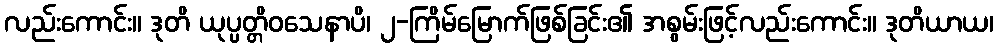
လည်းကောင်း။ ဒုတိ ယုပ္ပတ္တိဝသေနာပိ၊ ၂-ကြိမ်မြောက်ဖြစ်ခြင်း၏ အစွမ်းဖြင့်လည်းကောင်း။ ဒုတိယာယ၊